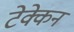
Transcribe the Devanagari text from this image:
टेक्केन